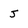
Character: J